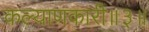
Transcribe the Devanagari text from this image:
कल्याणकारी॥३॥